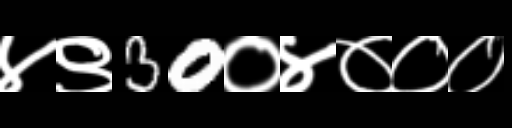
Text: ४९30०४०००